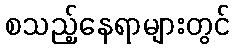
စသည့်နေရာများတွင်